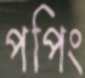
পপিং